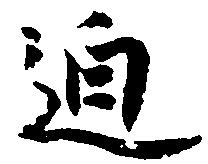
迫